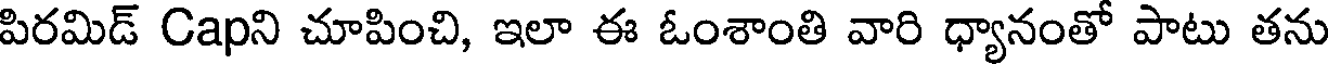
పిరమిడ్ Capని చూపించి, ఇలా ఈ ఓంశాంతి వారి ధ్యానంతో పాటు తను